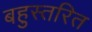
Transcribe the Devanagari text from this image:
बहुस्तरित